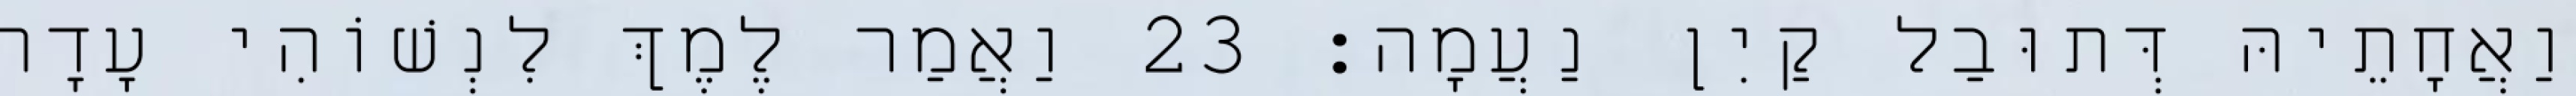
וַאֲחָתֵיהּ דְּתוּבַל קַיִן נַעֲמָה׃ 23 וַאֲמַר לֶמֶךְ לִנְשׁוֹהִי עָדָה